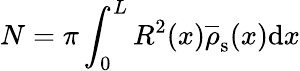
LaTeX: N=\pi\int_{0}^{L}R^{2}(x)\overline{{\rho}}_{\mathrm{s}}(x)\mathrm{d}x